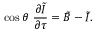
\cos \theta \ { \frac { \partial \tilde { I } } { \partial \tau } } = \tilde { B } - \tilde { I } .